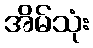
အိမ်သုံး